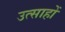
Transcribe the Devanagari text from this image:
उत्साहों